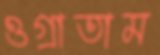
ওগ্‌রাতাম